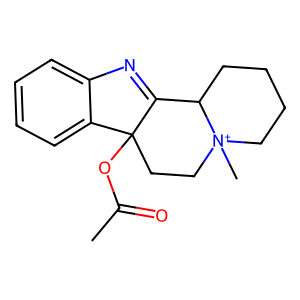
SMILES: CC(=O)OC12CC[N+]3(C)CCCCC3C1=Nc1ccccc12
Inhibits HIV replication: No